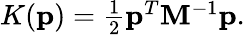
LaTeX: \begin{array}{r}{K(\mathbf{p})=\frac{1}{2}\mathbf{p}^{T}\mathbf{M}^{-1}\mathbf{p}.}\end{array}